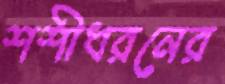
শশীধরনের